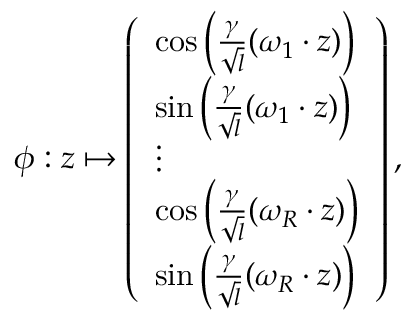
\phi : z \mapsto \left( \begin{array} { l } { \cos \left( \frac { \gamma } { \sqrt { l } } ( \omega _ { 1 } \cdot z ) \right) } \\ { \sin \left( \frac { \gamma } { \sqrt { l } } ( \omega _ { 1 } \cdot z ) \right) } \\ { \vdots } \\ { \cos \left( \frac { \gamma } { \sqrt { l } } ( \omega _ { R } \cdot z ) \right) } \\ { \sin \left( \frac { \gamma } { \sqrt { l } } ( \omega _ { R } \cdot z ) \right) } \end{array} \right) ,